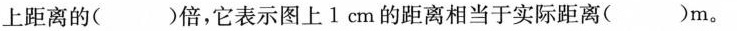
上距离的( )倍，它表示图上1cm的距离相当于实际距离( )m。